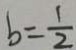
b = \frac { 1 } { 2 }